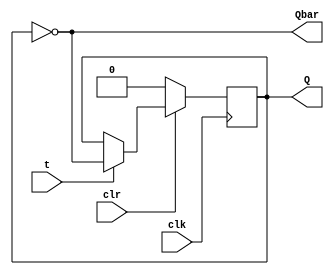
module swagatika_T_FF(t,clk,clr,Q,Qbar);
	input clk,clr,t;
	output reg Q;
	output Qbar;
	
	always @(posedge clk) 
	begin
		if (!clr)
			Q<=0;
		else 
			if (t)
				 Q<=~Q;
			else
                                                                                                            Q<=Q;
	end
                           assign Qbar = ~Q;
endmodule